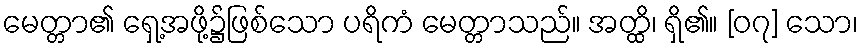
မေတ္တာ၏ ရှေ့အဖို့၌ဖြစ်သော ပရိကံ မေတ္တာသည်။ အတ္ထိ၊ ရှိ၏။ [၀၇] သော၊